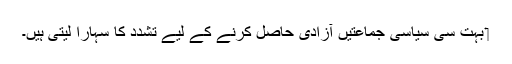
‏ بہت سی سیاسی جماعتیں آزادی حاصل کرنے کے لیے تشدد کا سہارا لیتی ہیں۔